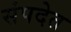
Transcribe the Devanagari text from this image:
संपदेत